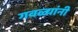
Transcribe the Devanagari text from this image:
गवळ्यांनी